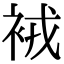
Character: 䘬